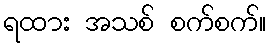
ရထား အသစ် စက်စက်။